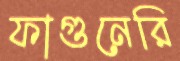
ফাগুনেরি